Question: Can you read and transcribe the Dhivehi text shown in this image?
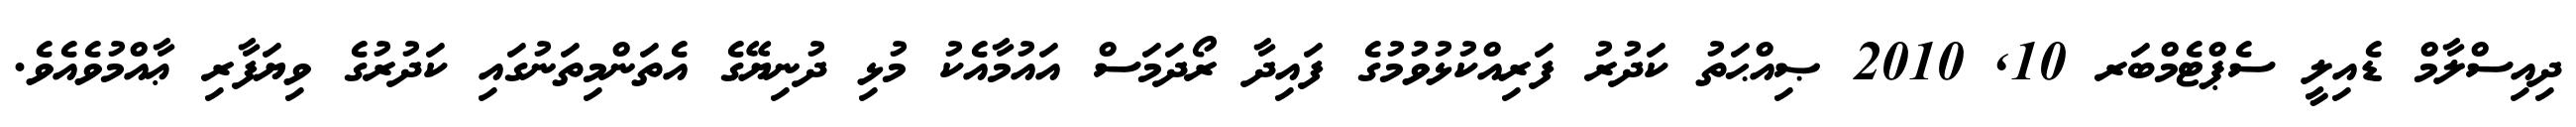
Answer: ދިއިސްލާމް ޑެއިލީ ސެޕްޓެމްބަރ 10, 2010 ޞިއްޙަތު ކަދުރު ފަރިއްކުޅުވުމުގެ ފައިދާ ރޯދަމަސް އައުމާއެކު މުޅި ދުނިޔޭގެ އެތަންމިތަނުގައި ކަދުރުގެ ވިޔަފާރި ޢާއްމުވެއެވެ.